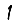
Digit: 1